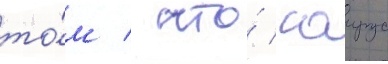
то́м / что́ саирус